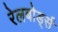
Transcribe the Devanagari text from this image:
रेलबोर्ड्स